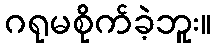
ဂရုမစိုက်ခဲ့ဘူး။